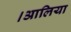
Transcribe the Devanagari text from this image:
।आलिया